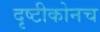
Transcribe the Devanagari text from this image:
दृष्टीकोनच